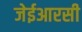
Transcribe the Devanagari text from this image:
जेईआरसी